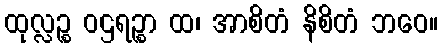
ထုလ္လဉ္စ ဝဌရဉ္စာ ထ၊ အာစိတံ နိစိတံ ဘဝေ။